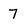
Character: 7